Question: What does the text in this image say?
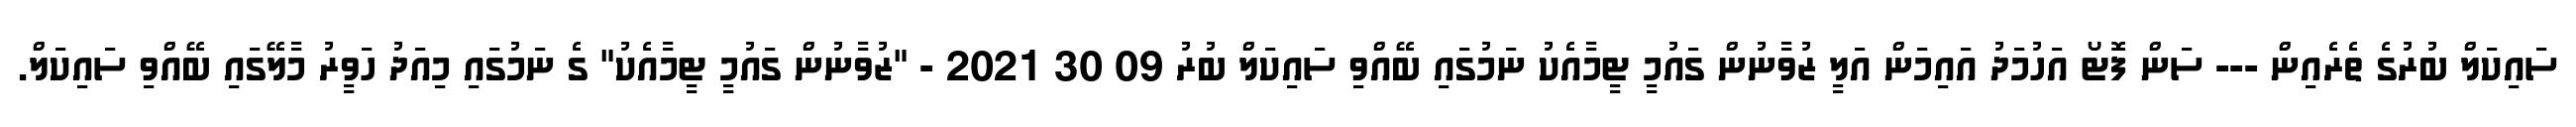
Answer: ސައިކަލް ބުރުގެ ތެރެއިން --- ސަން ފޮޓޯ އަހުމަދު އައިމަން އަލީ ޒުވާނުން ގައުމީ ޓީމާއެކު ނަމުގައި ބޭއްވި ސައިކަލް ބުރު 09 30 2021 - "ޒުވާނުން ގައުމީ ޓީމާއެކު" ގެ ނަމުގައި މިއަދު ހަވީރު މާލޭގައި ބޭއްވި ސައިކަލް.